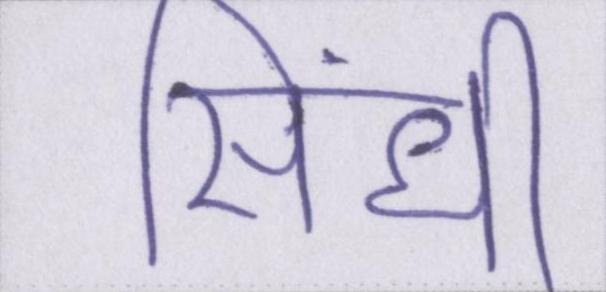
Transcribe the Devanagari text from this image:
सिंधी